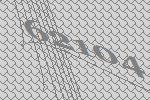
62104